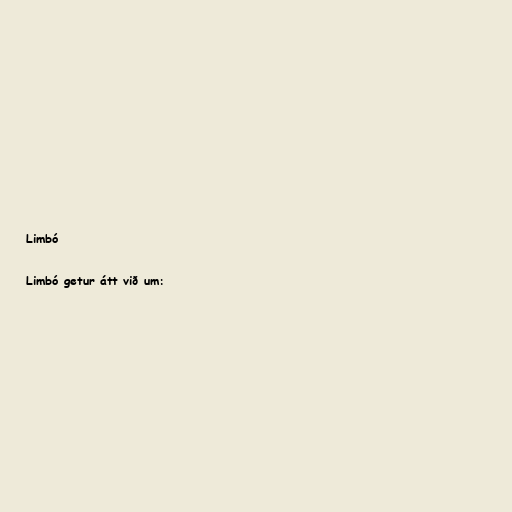
Limbó

Limbó getur átt við um: